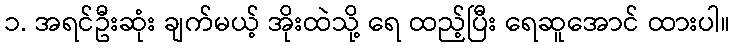
၁. အရင်ဦးဆုံး ချက်မယ့် အိုးထဲသို့ ရေ ထည့်ပြီး ရေဆူအောင် ထားပါ။